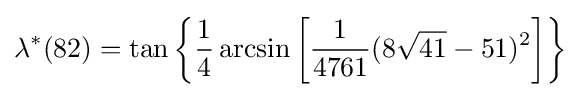
\lambda ^{*}(82)=\tan \left\{{\frac {1}{4}}\arcsin \left[{\frac {1}{4761}}(8{\sqrt {41}}-51)^{2}\right]\right\}